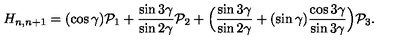
H _ { n , n + 1 } = ( \cos \gamma ) { \cal P } _ { 1 } + \frac { \sin 3 \gamma } { \sin 2 \gamma } { \cal P } _ { 2 } + \Bigl ( \frac { \sin 3 \gamma } { \sin 2 \gamma } + ( \sin \gamma ) \frac { \cos 3 \gamma } { \sin 3 \gamma } \Bigr ) { \cal P } _ { 3 } .